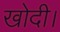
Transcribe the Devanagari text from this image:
खोदी।